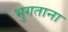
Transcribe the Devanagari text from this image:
भुगताना